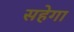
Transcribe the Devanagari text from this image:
सहेगा